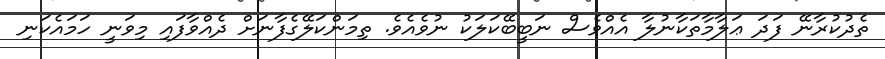
ތެދުކުރާނޭ ފަދަ ޢަލާމާތަކާނުލާ އެއްވެސް ނަބީބޭކަލަކު ނުވެއެވެ. ތިމަންކަލޭގެފާނަށް ދެއްވާފައި މިވަނީ ހަމައެކަނި